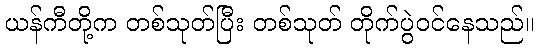
ယန်ကီတို့က တစ်သုတ်ပြီး တစ်သုတ် တိုက်ပွဲဝင်နေသည်။